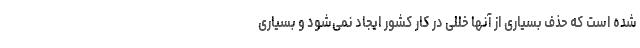
شده است که حذف بسیاری از آنها خللی در کار کشور ایجاد نمی‌شود و بسیاری